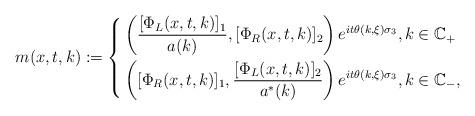
LaTeX: \begin{align*} m(x,t,k):=\left\{ \begin{aligned} &\left(\frac{[\Phi_L(x,t,k)]_1}{a(k)}, [\Phi_R(x,t,k)]_2\right)e^{it\theta(k,\xi)\sigma_3}, k\in \mathbb{C}_{+} \\ &\left([\Phi_R(x,t,k)]_1, \frac{[\Phi_L(x,t,k)]_2}{a^{*}(k)}\right)e^{it\theta(k,\xi)\sigma_3}, k\in \mathbb{C}_{-}, \end{aligned} \right.\end{align*}